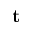
\mathbf { t }